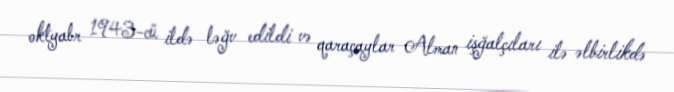
oktyabr 1943-cü ildə ləğv edildi və qaraçaylar Alman işğalçıları ilə əlbirlikdə